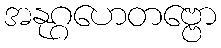
အနုဂ္ဂဟေတဗ္ဗော